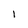
Character: 1